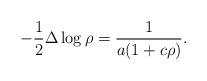
\begin{align*}-\frac12\Delta\log\rho = \frac1{a(1+c\rho)}. \end{align*}